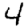
Digit: 4